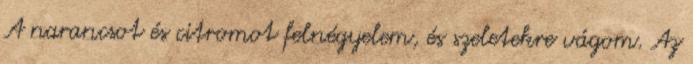
A narancsot és citromot felnégyelem, és szeletekre vágom. Az